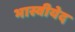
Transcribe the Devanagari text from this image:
भास्वीयेद